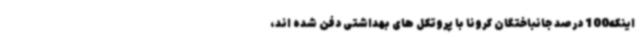
اینکه100 درصد جانباختگان کرونا با پروتکل های بهداشتی دفن شده اند،